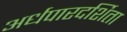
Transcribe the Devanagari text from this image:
अर्धपारदर्शिता